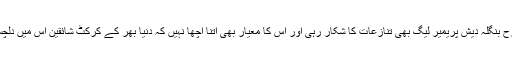
اسی طرح بنگلہ دیش پریمیر لیگ بھی تنازعات کا شکار رہی اور اس کا معیار بھی اتنا اچھا نہیں کہ دنیا بھر کے کرکٹ شائقین اس میں دلچسپی لیں۔